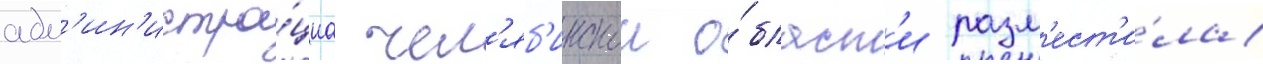
адм'ин'истра́циа чел'яб'инскои о́бласт'и разм'ест'и́ла